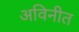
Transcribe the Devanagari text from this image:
अविनीत